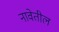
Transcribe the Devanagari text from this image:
नावेतील